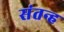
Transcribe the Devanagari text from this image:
संतन्ह